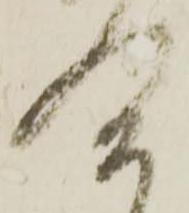
合